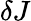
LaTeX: \delta J